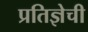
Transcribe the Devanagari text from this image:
प्रतिज्ञेची